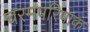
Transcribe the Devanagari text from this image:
चरमपरिपाक